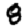
Digit: 8